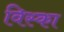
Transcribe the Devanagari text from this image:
विस्का